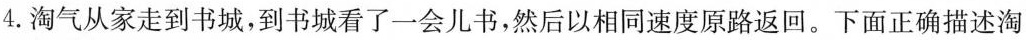
4.淘气从家走到书城，到书城看了一会儿书，然后以相同速度原路返回。下面正确描述淘